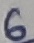
Text: 6